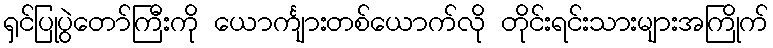
ရှင်ပြုပွဲတော်ကြီးကို ယောင်္ကျားတစ်ယောက်လို တိုင်းရင်းသားများအကြိုက်